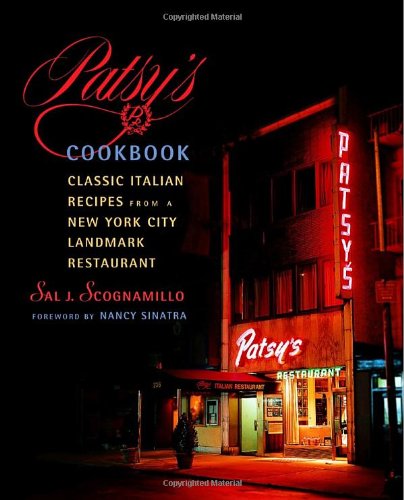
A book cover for Patsy's Cookbook: Classic Italian Recipes from a New York City Landmark Restaurant; Salvatore Scognamillo; Cookbooks, Food & Wine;